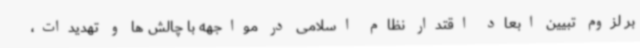
بر لزوم تبیین ابعاد اقتدار نظام اسلامی در مواجهه با چالش ها و تهدیدات،